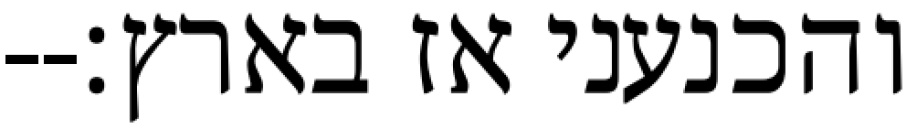
והכנעני אז בארץ׃--